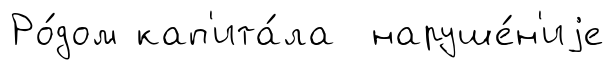
Ро́дом кап'ита́ла наруше́н'иjе